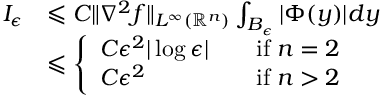
\begin{array} { r l } { I _ { \epsilon } } & { \leqslant C \| \nabla ^ { 2 } f \| _ { L ^ { \infty } ( \mathbb { R } ^ { n } ) } \int _ { B _ { \epsilon } } | \Phi ( y ) | d y } \\ & { \leqslant \left\{ \begin{array} { l l } { C \epsilon ^ { 2 } | \log \epsilon | \quad } & { \mathrm { i f } \; n = 2 } \\ { C \epsilon ^ { 2 } \quad } & { \mathrm { i f } \; n > 2 } \end{array} \right. } \end{array}